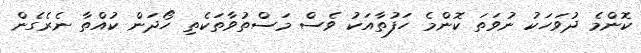
ކޮންމެ ދުވަހަކު ނުވަތަ ކޮންމެ ހަފުތާއަކު ވެސް މަސްތުވާތަކެތި ހޯދަން ކުއްތާ ނެރެގެން